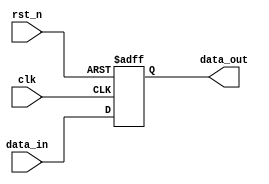
module parameterized_register #(
    parameter WIDTH = 8    // Parameterized width of the register
)(
    input wire clk,        // Clock signal
    input wire rst_n,      // Active-low asynchronous reset signal
    input wire [WIDTH-1:0] data_in, // Input data
    output reg [WIDTH-1:0] data_out  // Output data
);

    // Initial state of the register
    initial begin
        data_out = {WIDTH{1'b0}}; // Initialize to zero
    end

    // Always block triggered on clock edge
    always @(posedge clk or negedge rst_n) begin
        if (!rst_n) begin
            data_out <= {WIDTH{1'b0}}; // Reset to zero
        end else begin
            data_out <= data_in; // Latch input data
        end
    end

endmodule